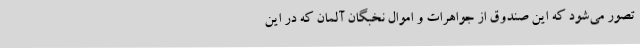
تصور می‌شود که این صندوق از جواهرات و اموال نخبگان آلمان که در این